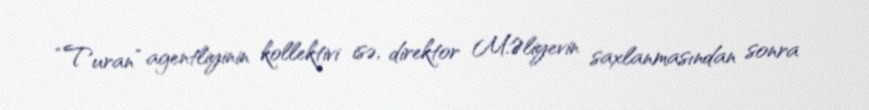
“Turan” agentliyinin kollektivi isə, direktor M.Əliyevin saxlanmasından sonra